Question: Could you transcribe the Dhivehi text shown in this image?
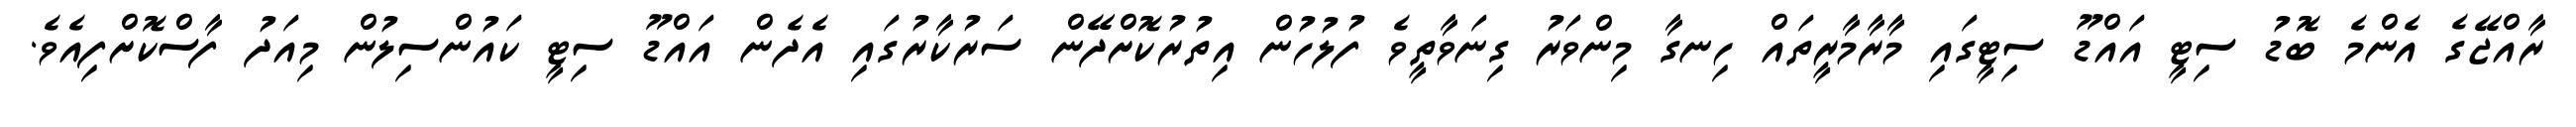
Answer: ރާއްޖޭގެ އެންމެ ބޮޑު ސިޓީ އައްޑޫ ސިޓީގައި މާރާމާރީތައް ހިނގާ މިންވަރު ގިނަވާތީވެ ފުލުހުން އިތުރުކޮށްދޭން ސަރުކާރުގައި އެދެން އައްޑޫ ސިޓީ ކައުންސިލުން މިއަދު ފާސްކޮށްފިއެވެ.